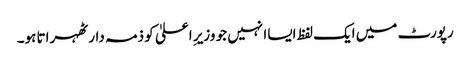
رپورٹ میں ایک لفظ ایساا نہیں جو وزیرِ اعلیٰ کو ذمہ دار ٹھہراتا ہو۔